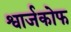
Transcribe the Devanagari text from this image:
श्वार्जकोफ